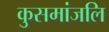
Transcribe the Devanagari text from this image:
कुसमांजलि